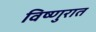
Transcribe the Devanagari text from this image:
विष्णुरात